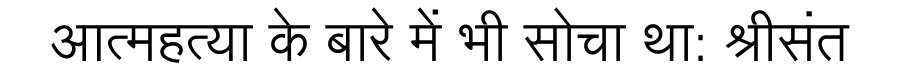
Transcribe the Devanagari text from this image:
आत्महत्या के बारे में भी सोचा था: श्रीसंत